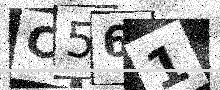
Text: C561